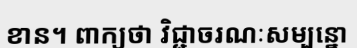
ខាន។ ពាក្យថា វិជ្ជាចរណៈសម្បន្នោ